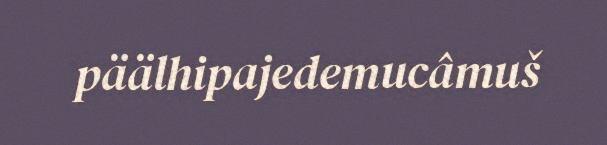
päälhipajedemucâmuš